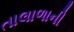
તાલાળાની